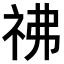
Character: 𥘬